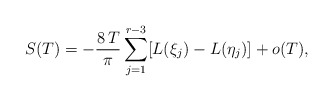
\begin{align*}S(T) = -\frac{8\, T}{\pi} \sum_{j=1}^{r-3} [L(\xi_j) - L(\eta_j) ] + o(T),\end{align*}